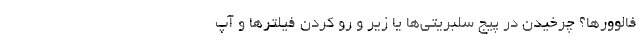
فالوور‌ها؟ چرخیدن در پیج سلبریتی‌ها یا زیر و رو کردن فیلترها و آپ